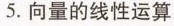
5.向量的线性运算